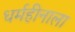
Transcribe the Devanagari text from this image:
धर्महीनाला